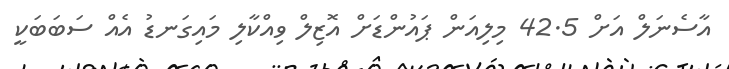
އާސެނަލް އަށް 42.5 މިލިއަން ޕައުންޑަށް އޮޒިލް ވިއްކާލި މައިގަނޑު އެއް ސަބަބަކީ